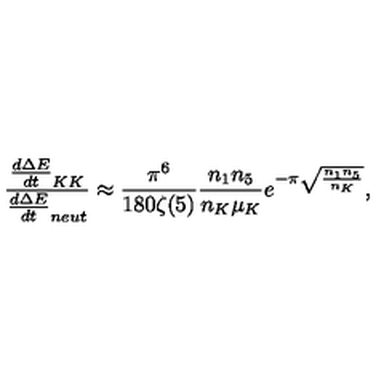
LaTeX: \frac { \frac { d \Delta E } { d t } _ { K K } } { \frac { d \Delta E } { d t } _ { n e u t } } \approx \frac { \pi ^ { 6 } } { 1 8 0 \zeta ( 5 ) } \frac { n _ { 1 } n _ { 5 } } { n _ { K } \mu _ { K } } e ^ { - \pi \sqrt { \frac { n _ { 1 } n _ { 5 } } { n _ { K } } } } ,